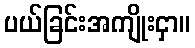
ပယ်ခြင်းအကျိုးငှာ။